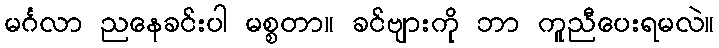
မင်္ဂလာ ညနေခင်းပါ မစ္စတာ။ ခင်ဗျားကို ဘာ ကူညီပေးရမလဲ။